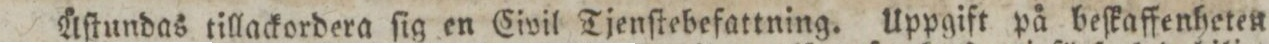
Åſtundas tillackordera ſig en Civil Tjenſtebefattning. Uppgift på beſkaffenheten